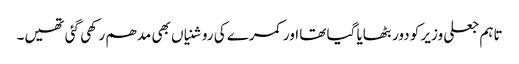
تاہم جعلی وزیر کو دور بٹھایا گیا تھا اور کمرے کی روشنیاں بھی مدھم رکھی گئی تھیں۔